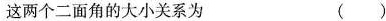
这两个二面角的大小关系为( )